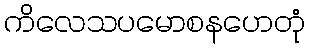
ကိလေသပမောစနဟေတုံ